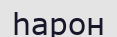
һарон